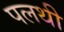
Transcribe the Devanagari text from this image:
पलथी